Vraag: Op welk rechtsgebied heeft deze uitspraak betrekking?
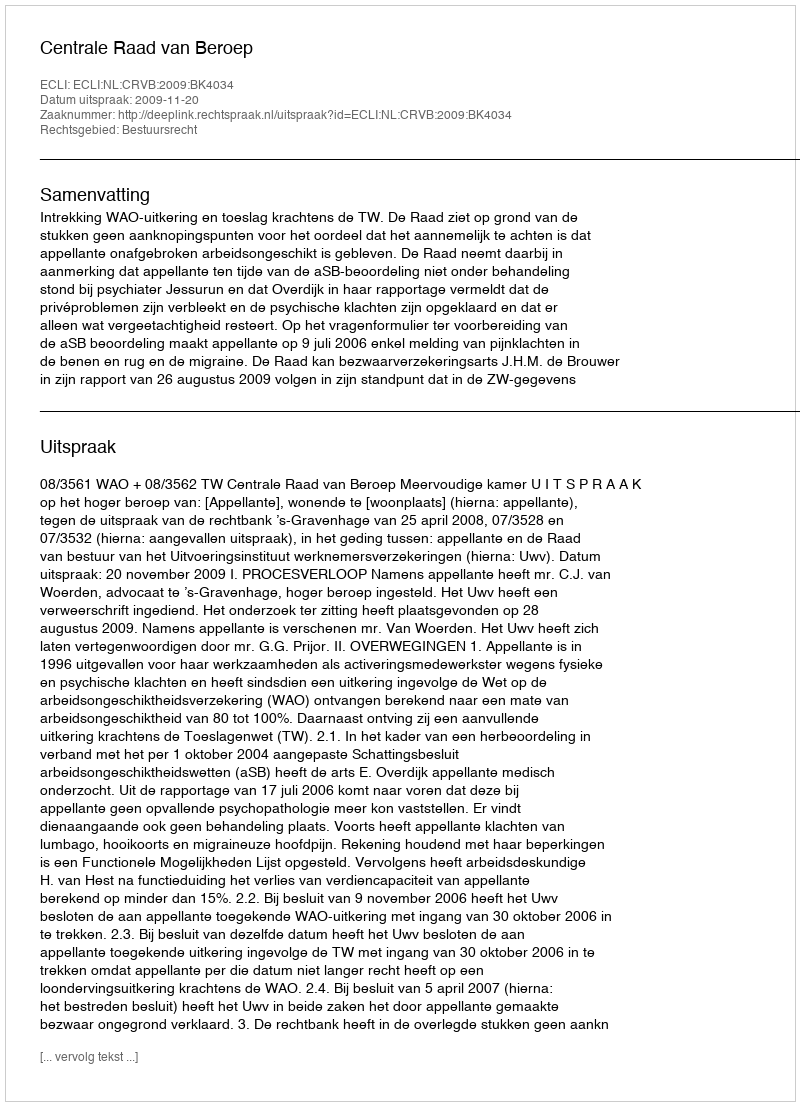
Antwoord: Bestuursrecht